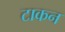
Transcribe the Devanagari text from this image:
टाकन